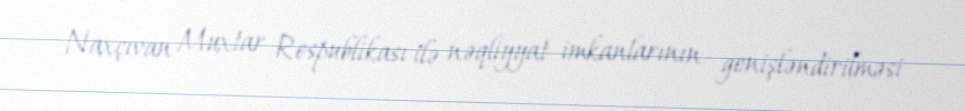
Naxçıvan Muxtar Respublikası ilə nəqliyyat imkanlarının genişləndirilməsi